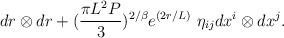
LaTeX: \begin{align*}dr \otimes dr + ({{\pi L^2P} \over {3}})^{2/\beta}e^{(2r/L)}\,\,\eta_{ij}dx^i\otimes dx^j.\end{align*}